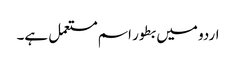
اردو میں بطور اسم مستعمل ہے۔